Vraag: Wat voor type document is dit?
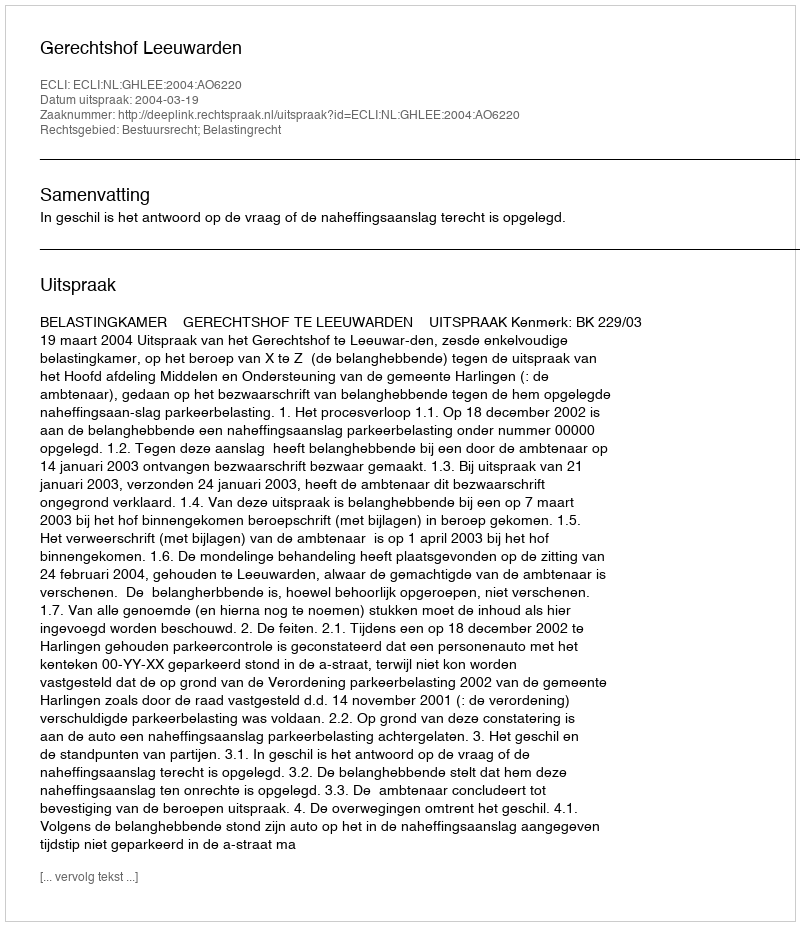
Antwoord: Uitspraak